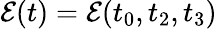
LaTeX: \mathcal{E}(t)=\mathcal{E}(t_{0},t_{2},t_{3})